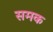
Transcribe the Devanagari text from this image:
समक